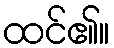
ထင်၏။